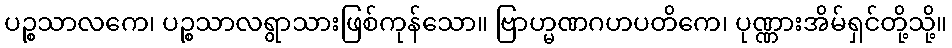
ပဉ္စသာလကေ၊ ပဉ္စသာလရွာသားဖြစ်ကုန်သော။ ဗြာဟ္မဏဂဟပတိကေ၊ ပုဏ္ဏားအိမ်ရှင်တို့သို့။